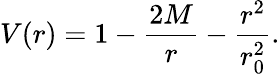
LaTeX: V(r)=1-\frac{2M}{r}-\frac{r^{2}}{r_{0}^{2}}.